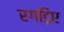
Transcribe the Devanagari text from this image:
रगड़िए